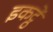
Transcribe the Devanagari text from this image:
इकट्ठें